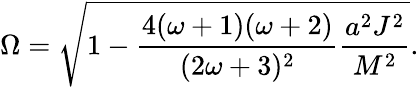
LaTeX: \Omega=\sqrt{1-\frac{4(\omega+1)(\omega+2)}{(2\omega+3)^{2}}\frac{a^{2}J^{2}}{M^{2}}}.